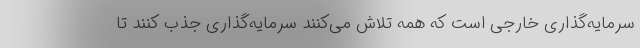
سرمایه‌گذاری خارجی است که همه تلاش می‌کنند سرمایه‌گذاری جذب کنند تا